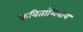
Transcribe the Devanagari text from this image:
कवितांशिवाय